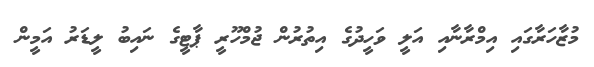
މުޒާހަރާގައި އިމްރާނާއި އަލީ ވަހީދުގެ އިތުރުން ޖުމްހޫރީ ޕާޓީގެ ނައިބު ލީޑަރު އަމީން